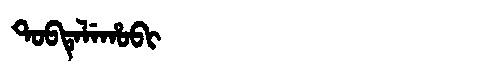
Manchu: ᡨᠣᠪᡨᡝᠯᡝᡥᠣᠪᡳ
Romanization: TOBTELEHOBI